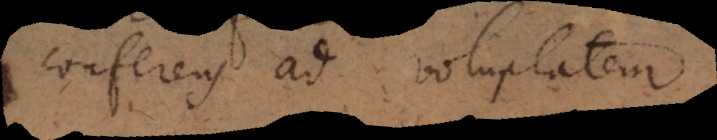
conferens ad voluptatem.